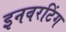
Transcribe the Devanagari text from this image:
इनवरटिंग